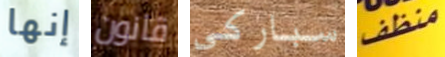
إنها قانون سباركي منظف